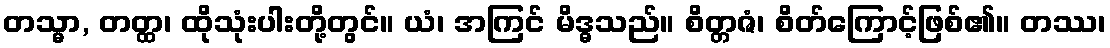
တသ္မာ, တတ္ထ၊ ထိုသုံးပါးတို့တွင်။ ယံ၊ အကြင် မိဒ္ဓသည်။ စိတ္တဇံ၊ စိတ်ကြောင့်ဖြစ်၏။ တဿ၊